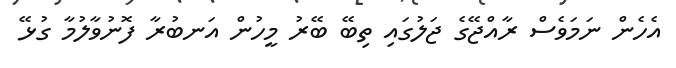
އެހެން ނަމަވެސް ރާއްޖޭގެ ޖަލުގައި ތިބޭ ބޭރު މީހުން އަނބުރާ ފޮނުވާލުމާ ގުޅޭ